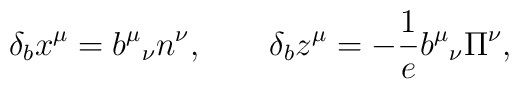
\qquad\delta_b x^\mu=b^\mu{}_\nu n^\nu, \qquad \delta_b z^\mu=-\frac1{e}b^\mu{}_\nu\Pi^\nu,